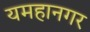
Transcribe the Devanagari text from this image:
यमहानगर